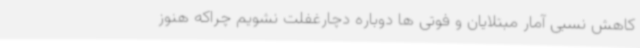
کاهش نسبی آمار مبتلایان و فوتی ها دوباره دچارغفلت نشویم چراکه هنوز